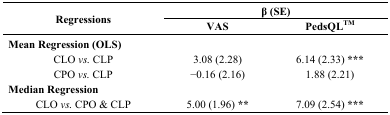
<table><thead><tr><td rowspan="2"><b>Regressions</b></td><td colspan="2"><b>β (SE)</b></td></tr><tr><td><b>VAS</b></td><td><b>PedsQL<sup>TM</sup></b></td></tr></thead><tbody><tr><td colspan="3"><b>Mean Regression (OLS)</b></td></tr><tr><td>CLO <i>vs.</i> CLP</td><td>3.08 (2.28)</td><td>6.14 (2.33) <b>***</b></td></tr><tr><td>CPO <i>vs.</i> CLP</td><td>−0.16 (2.16)</td><td>1.88 (2.21)</td></tr><tr><td colspan="3"><b>Median Regression </b></td></tr><tr><td>CLO <i>vs.</i> CPO &amp; CLP</td><td>5.00 (1.96) <b>**</b></td><td>7.09 (2.54) <b>***</b></td></tr></tbody></table>